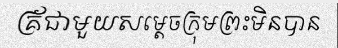
គ្រ័ជាមួយសម្តេចក្រុមព្រះមិនបាន